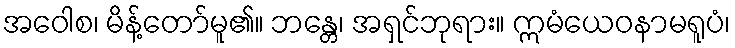
အဝေါစ၊ မိန့်တော်မူ၏။ ဘန္တေ၊ အရှင်ဘုရား။ ဣမံယေဝနာမရူပံ၊